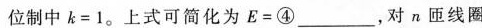
位制中 $$ k = 1。上式可简化为E = ④___ $$ ，对n匝线圈